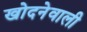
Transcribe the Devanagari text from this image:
खोदनेवाली